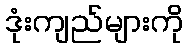
ဒုံးကျည်များကို